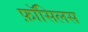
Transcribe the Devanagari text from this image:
फ़ॉसिलस